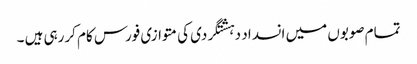
تمام صوبوں میں انسداد دہشتگردی کی متوازی فورس کام کررہی ہیں ۔